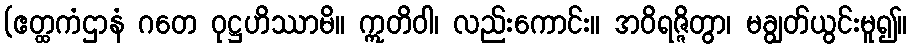
(ဧတ္ထကံဌာနံ ဂတေ ဝုဋ္ဌဟိဿာမိ။ ဣတိဝါ၊ လည်းကောင်း။ အဝိရဇ္ဇိတွာ၊ မချွတ်ယွင်းမူ၍။